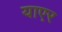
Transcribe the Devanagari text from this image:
याएर